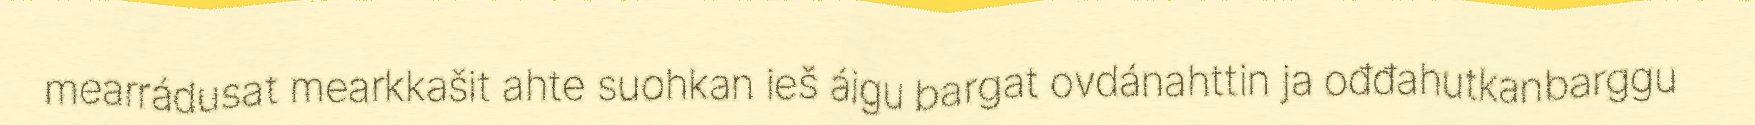
mearrádusat mearkkašit ahte suohkan ieš áigu bargat ovdánahttin ja ođđahutkanbarggu